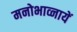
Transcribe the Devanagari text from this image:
मनोभाव्नायें